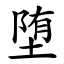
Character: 堕